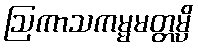
ဩကာသကမ္မမတ္တမ္ပိ